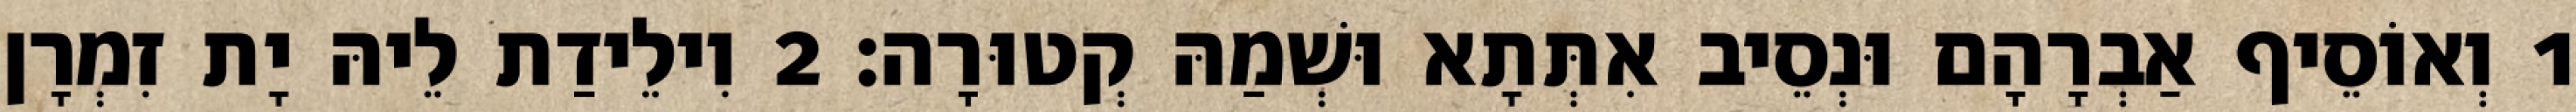
1 וְאוֹסֵיף אַבְרָהָם וּנְסֵיב אִתְּתָא וּשְׁמַהּ קְטוּרָה׃ 2 וִילֵידַת לֵיהּ יָת זִמְרָן